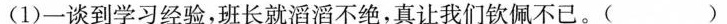
(1)一谈到学习经验，班长就滔滔不绝，真让我们钦佩不已。( )